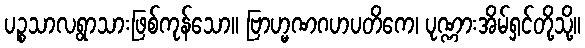
ပဉ္စသာလရွာသားဖြစ်ကုန်သော။ ဗြာဟ္မဏဂဟပတိကေ၊ ပုဏ္ဏားအိမ်ရှင်တို့သို့။